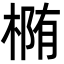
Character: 椭